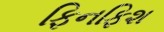
ફિનફિશ